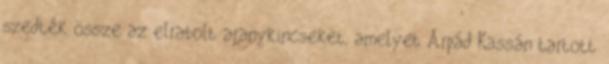
szedték össze az elrabolt aranykincseket, amelyet Árpád Kassán tartott